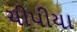
ચીપીયા